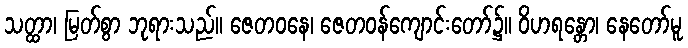
သတ္ထာ၊ မြတ်စွာ ဘုရားသည်။ ဇေတဝနေ၊ ဇေတဝန်ကျောင်းတော်၌။ ဝိဟရန္တော၊ နေတော်မူ